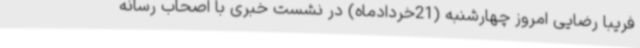
فریبا رضایی امروز چهارشنبه (21خردادماه) در نشست خبری با اصحاب رسانه